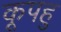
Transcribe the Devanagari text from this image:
कूपहु